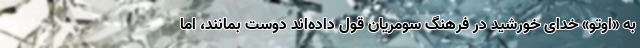
به «اوتو» خدای خورشید در فرهنگ سومریان قول داده‌اند دوست بمانند، اما